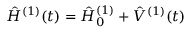
\hat { H } ^ { ( 1 ) } ( t ) = \hat { H } _ { 0 } ^ { ( 1 ) } + \hat { V } ^ { ( 1 ) } ( t )